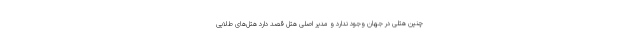
چنین هتلی در جهان وجود ندارد و مدیر اصلی هتل قصد دارد هتل‌های طلایی